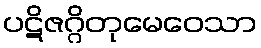
ပဋိဇဂ္ဂိတုမေဝေသာ